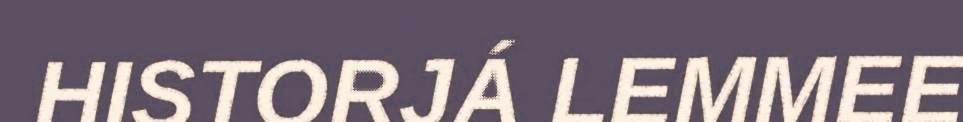
HISTORJÁ LEMMEE